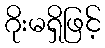
ဂိုးမရှိဖြင့်